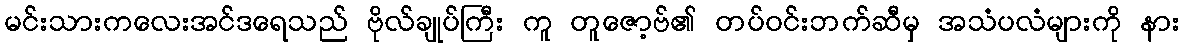
မင်းသားကလေးအင်ဒရေသည် ဗိုလ်ချုပ်ကြီး ကူ တူဇော့ဗ်၏ တပ်ဝင်းဘက်ဆီမှ အသံပလံများကို နား